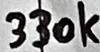
Text: 330k